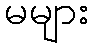
မများ